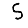
Digit: 5